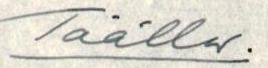
Täällä.